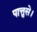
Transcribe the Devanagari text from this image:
पात्तुसे।